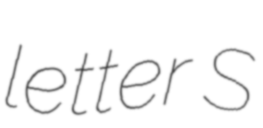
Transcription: letter S